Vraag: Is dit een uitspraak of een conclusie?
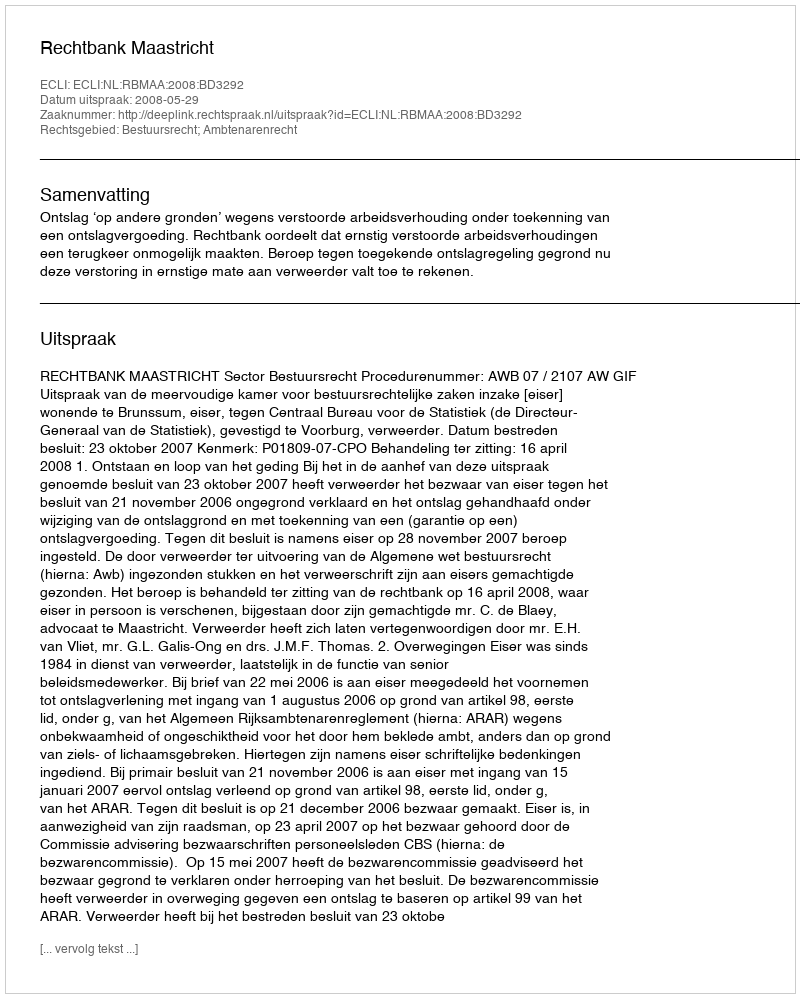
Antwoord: Uitspraak